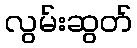
လွမ်းဆွတ်